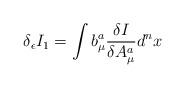
LaTeX: \begin{align*}\delta_\epsilon I_1 = \int b^{a}_{\mu}\frac{\delta I}{\delta A^{a}_{\mu}} d^n x\end{align*}